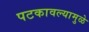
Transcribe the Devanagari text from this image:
पटकावल्यामुळे